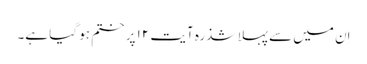
اِن میں سے پہلا شذرہ آیت ۱۲ پر ختم ہو گیا ہے۔